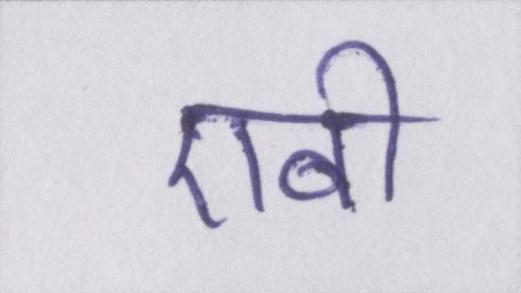
एबी